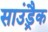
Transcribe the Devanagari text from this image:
साउंड़्रैक